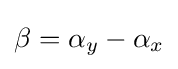
\beta =\alpha _{y}-\alpha _{x}